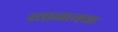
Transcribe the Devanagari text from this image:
खानायक